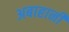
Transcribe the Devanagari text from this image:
अबाहानी